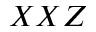
X X Z